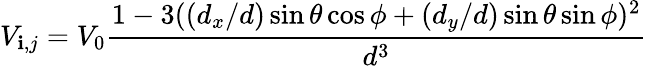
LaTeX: V_{\mathbf{i},j}=V_{0}\frac{{1-3((d_{x}/d)\sin\theta\cos\phi+(d_{y}/d)\sin\theta\sin\phi)^{2}}}{{d^{3}}}